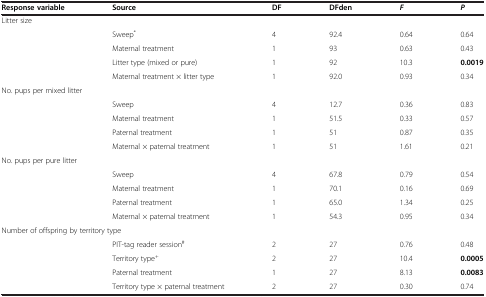
<table><thead><tr><td><b>Response variable</b></td><td><b>Source</b></td><td><b>DF</b></td><td><b>DFden</b></td><td><b><i>F</i></b></td><td><b><i>P</i></b></td></tr></thead><tbody><tr><td colspan="6">Litter size</td></tr><tr><td rowspan="4"> </td><td>Sweep<sup>*</sup></td><td>4</td><td>92.4</td><td>0.64</td><td>0.64</td></tr><tr><td>Maternal treatment</td><td>1</td><td>93</td><td>0.63</td><td>0.43</td></tr><tr><td>Litter type (mixed or pure)</td><td>1</td><td>92</td><td>10.3</td><td><b>0.0019</b></td></tr><tr><td>Maternal treatment × litter type</td><td>1</td><td>92.0</td><td>0.93</td><td>0.34</td></tr><tr><td colspan="6">No. pups per mixed litter</td></tr><tr><td rowspan="4"> </td><td>Sweep</td><td>4</td><td>12.7</td><td>0.36</td><td>0.83</td></tr><tr><td>Maternal treatment</td><td>1</td><td>51.5</td><td>0.33</td><td>0.57</td></tr><tr><td>Paternal treatment</td><td>1</td><td>51</td><td>0.87</td><td>0.35</td></tr><tr><td>Maternal × paternal treatment</td><td>1</td><td>51</td><td>1.61</td><td>0.21</td></tr><tr><td colspan="6">No. pups per pure litter</td></tr><tr><td rowspan="4"> </td><td>Sweep</td><td>4</td><td>67.8</td><td>0.79</td><td>0.54</td></tr><tr><td>Maternal treatment</td><td>1</td><td>70.1</td><td>0.16</td><td>0.69</td></tr><tr><td>Paternal treatment</td><td>1</td><td>65.0</td><td>1.34</td><td>0.25</td></tr><tr><td>Maternal × paternal treatment</td><td>1</td><td>54.3</td><td>0.95</td><td>0.34</td></tr><tr><td colspan="6">Number of offspring by territory type</td></tr><tr><td rowspan="3"> </td><td>PIT-tag reader session<sup>#</sup></td><td>2</td><td>27</td><td>0.76</td><td>0.48</td></tr><tr><td>Territory type<sup>+</sup></td><td>2</td><td>27</td><td>10.4</td><td><b>0.0005</b></td></tr><tr><td>Paternal treatment</td><td>1</td><td>27</td><td>8.13</td><td><b>0.0083</b></td></tr><tr><td> </td><td>Territory type × paternal treatment</td><td>2</td><td>27</td><td>0.30</td><td>0.74</td></tr></tbody></table>